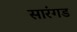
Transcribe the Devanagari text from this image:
सारंगड